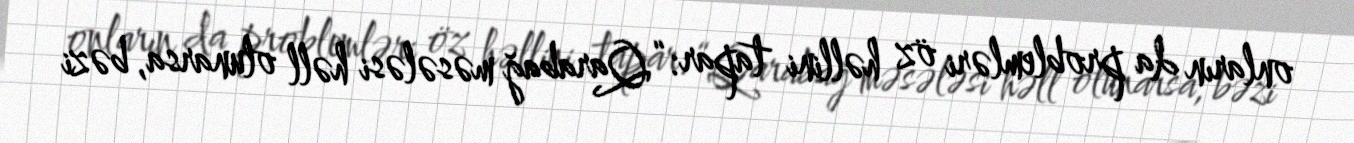
onların da problemləri öz həllini tapar: “Qarabağ məsələsi həll olunarsa, bəzi